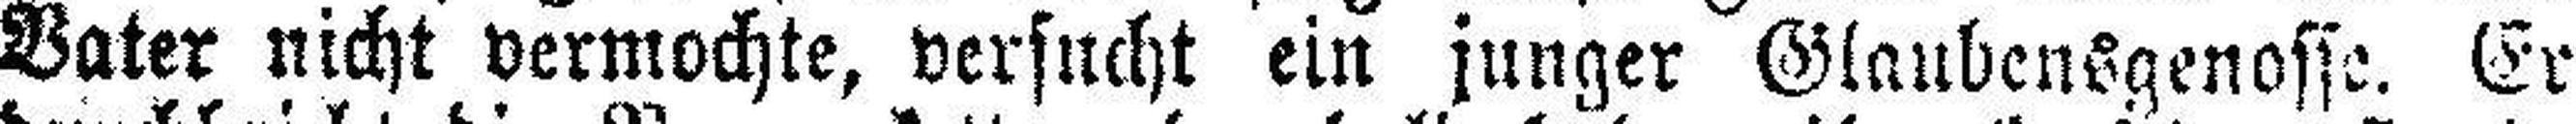
Vater nicht vermochte, versucht ein junger Glaubensgenosse. Er